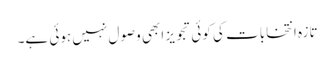
تازہ انتخابات کی کوئی تجویز ابھی وصول نہیں ہوئی ہے۔